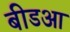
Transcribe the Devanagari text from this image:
बीडआ